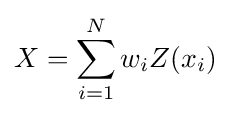
X=\sum _{i=1}^{N}w_{i}Z(x_{i})